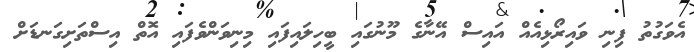
އެވަގުތު ފިނި ވައިރޯޅިއެއް އައިސް އޭނާގެ މޫނުގައި ބީހިލައިފައި މިނިވަންވެފައި އޮތް އިސްތަށިގަނޑަށް